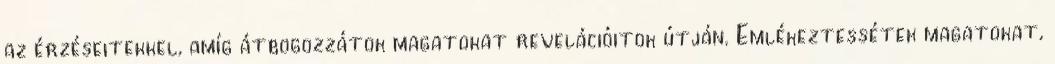
az érzéseitekkel, amíg átbogozzátok magatokat revelációitok útján. Emlékeztessétek magatokat,